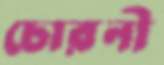
চোরনী